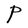
Character: P